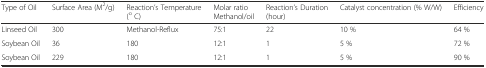
| Type of Oil | Surface Area (M2/g) | Reaction’s Temperature (o C) | Molar ratio Methanol/oil | Reaction’s Duration (hour) | Catalyst concentration (% W/W) | Efficiency |
 | --- | --- | --- | --- | --- | --- | --- |
 | Linseed Oil | 300 | Methanol-Reflux | 75:1 | 22 | 10 % | 64 % |
 | Soybean Oil | 36 | 180 | 12:1 | 1 | 5 % | 72 % |
 | Soybean Oil | 229 | 180 | 12:1 | 1 | 5 % | 90 % |